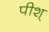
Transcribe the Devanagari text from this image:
पीश्